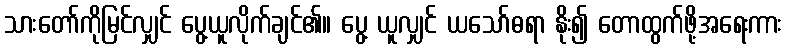
သားတော်ကိုမြင်လျှင် ပွေ့ယူလိုက်ချင်၏။ ပွေ့ ယူလျှင် ယသော်ဓရာ နိုး၍ တောထွက်ဖို့အရေးကား